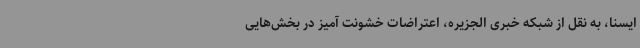
ایسنا، به نقل از شبکه خبری الجزیره، اعتراضات خشونت آمیز در بخش‌هایی